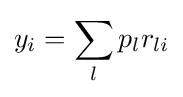
y_{i}=\sum _{l}p_{l}r_{li}